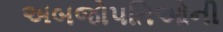
અબજોપતિઓની